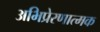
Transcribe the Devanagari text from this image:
अभिप्रेरणात्मक